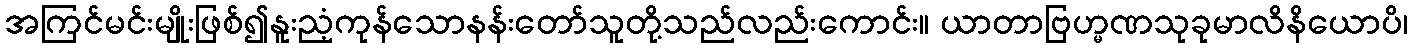
အကြင်မင်းမျိုးဖြစ်၍နူးညံ့ကုန်သောနန်းတော်သူတို့သည်လည်းကောင်း။ ယာတာဗြဟ္မဏသုခုမာလိနိယောပိ၊